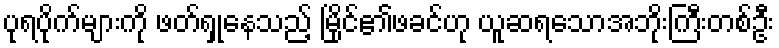
ပုရပိုက်များကို ဖတ်ရှုနေသည့် မြိုင်၏ဖခင်ဟု ယူဆရသောအဘိုးကြီးတစ်ဦး